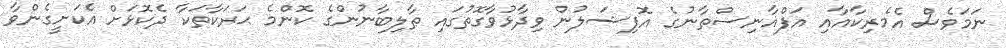
ނަމަވެސް އެމެރިކާއާއި އަފްޣާނިސްތާނުގެ އޮފިޝަލުން ވިދާޅުވާގޮތުގައި ޠާލިބާނުންގެ ކޮންމެ ޙަރަކާތަކާ ދެކޮޅަށް އެކަށީގެންވާ